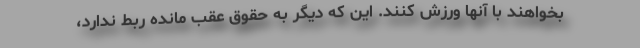
بخواهند با آنها ورزش کنند. این که دیگر به حقوق عقب مانده ربط ندارد،